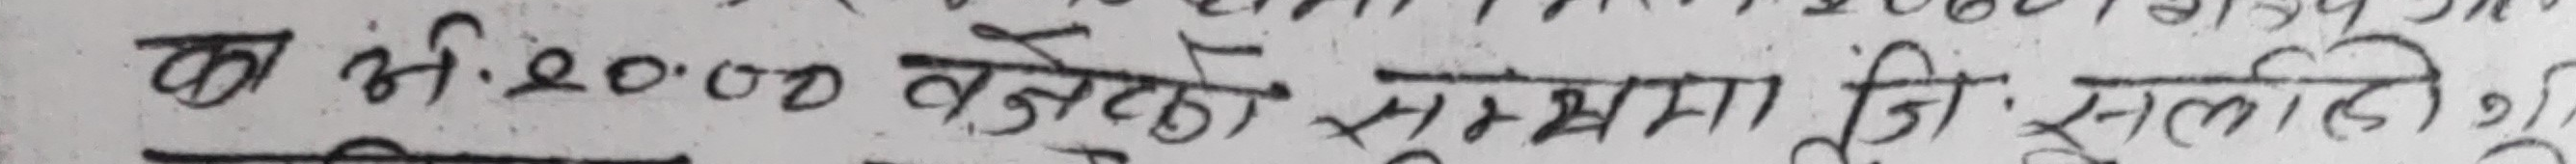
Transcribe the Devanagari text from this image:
क अभि २००० बेहुनी श्याममा जिःसलामी,